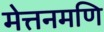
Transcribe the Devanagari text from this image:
मेत्तनमणि